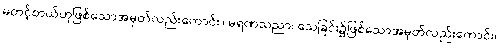
မတင့်တယ်ဟုဖြစ်သောအမှတ်လည်းကောင်း။ မရဏသညာ၊ သေခြင်း၌ဖြစ်သောအမှတ်လည်းကောင်း။